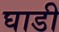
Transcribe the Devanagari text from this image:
घाडी